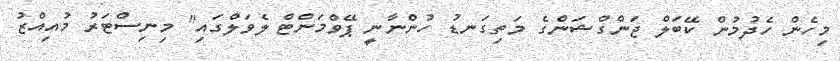
މިހެން ހެދުމުން ކޭބަލް ޖަންގްޝަންގެ މަތިގަނޑު ހުންނާނީ ޕޭވްމަންޓް ލެވަލްގައި" މިނިސްޓަރު މުއިއްޒު